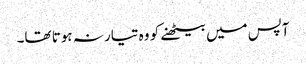
آپس میں بیٹھنے کو وہ تیار نہ ہوتا تھا۔